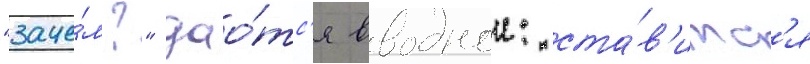
"заче́м?" дао́тс'я вводнои: ста́в'итс'я